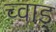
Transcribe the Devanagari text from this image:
च्वाड़्